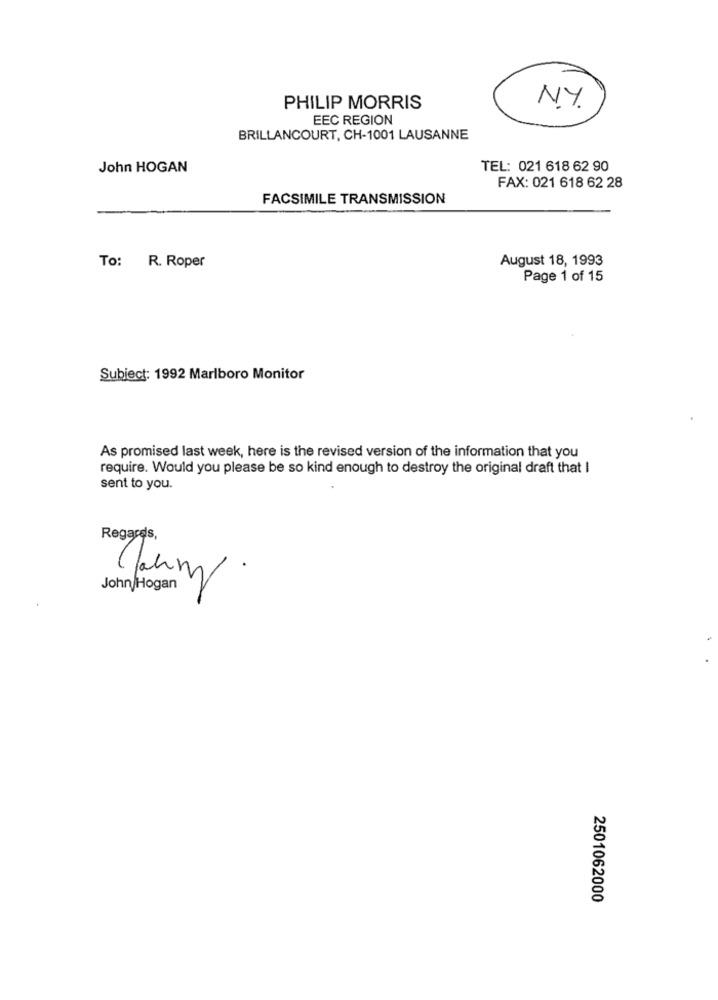
NY
PHILIP MORRIS
EEC REGION
BRILLANCOURT, CH-1001 LAUSANNE
John HOGAN
TEL: 021 618 62 90
FAX: 021 618 62 28
FACSIMILE TRANSMISSION
August 18, 1993
To: R. Roper
Page 1 of 15
Subject: 1992 Marlboro Monitor
As promised last week, here is the revised version of the information that you
require. Would you please be so kind enough to destroy the original draft that I
sent to you.
Regards,
Canny.
2501062000